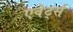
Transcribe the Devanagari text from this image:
एवेर्ट्स